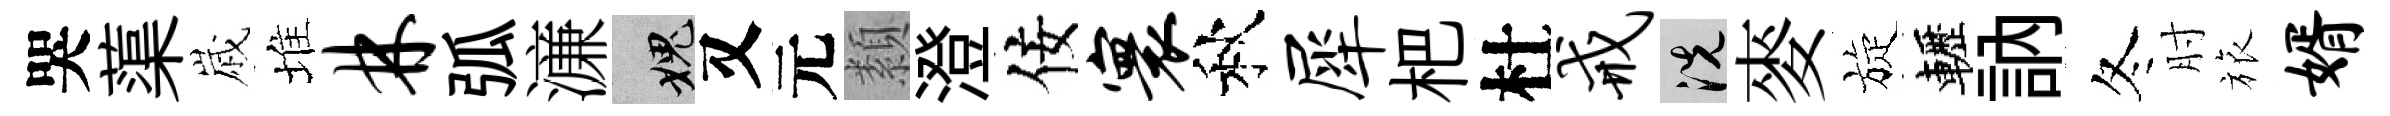
哭蕖𡻕堆林弧濓愧又元纇澄佞寰秋犀杷杜戒洗麥旋轣訥冬肘旅婿